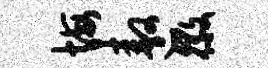
悔遨徽